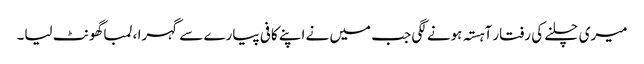
میری چلنے کی رفتار آہستہ ہونے لگی جب میں نے اپنے کافی پیارے سے گہرا ، لمبا گھونٹ لیا۔